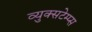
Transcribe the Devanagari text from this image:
व्युक्सटेम्प्स